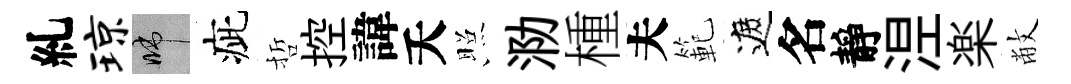
糺琼啼疵哲控諱夭照泐㮔夫範遮名靜𣵀楽敝